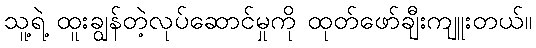
သူ့ရဲ့ ထူးချွန်တဲ့လုပ်ဆောင်မှုကို ထုတ်ဖော်ချီးကျူးတယ်။